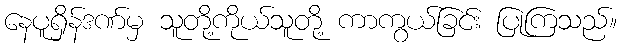
နေပူရှိန်ဒဏ်မှ သူတို့ကိုယ်သူတို့ ကာကွယ်ခြင်း ပြုကြသည်။